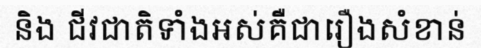
និង ជីវជាតិទាំងអស់គឺជារឿងសំខាន់